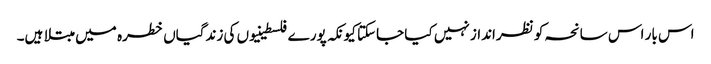
اس بار اس سانحہ کو نظرانداز نہیں کیا جاسکتا کیونکہ پورے فلسطینیوں کی زندگیاں خطرہ میں مبتلا ہیں۔